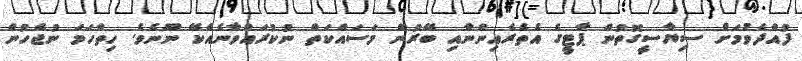
ފުއްދެވުމަށް ސިޔާސީގޮތުން ޕާޓީގެ އެތެރެއިންނާއި ބޭރުން މަސައްކަތް ނުކުރައްވާނެއެކޭ ނޫނެވެ. ހިތްހަމަ ނުޖެހުން